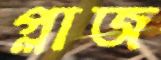
প্লাজ